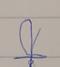
Signature authenticity: forged